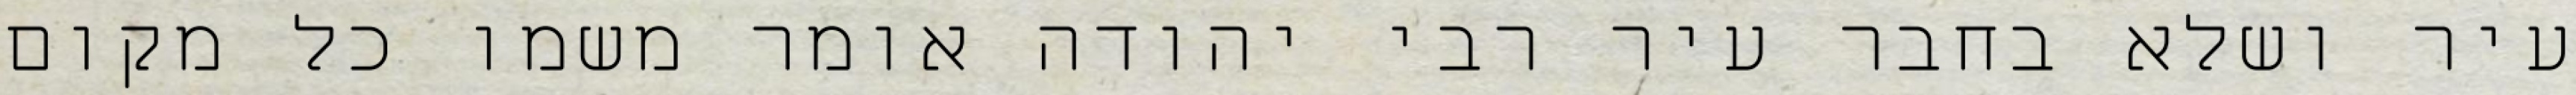
עיר ושלא בחבר עיר רבי יהודה אומר משמו כל מקום